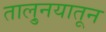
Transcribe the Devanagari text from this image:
तालु्नयातून